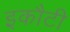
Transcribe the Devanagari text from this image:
इकौटी